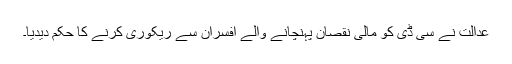
عدالت نے سی ڈی کو مالی نقصان پہنچانے والے افسران سے ریکوری کرنے کا حکم دیدیا۔